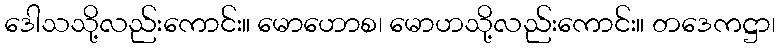
ဒေါသသို့လည်းကောင်း။ မောဟောစ၊ မောဟသို့လည်းကောင်း။ တဒေကဋ္ဌာ၊